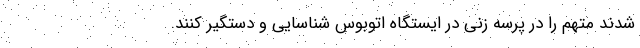
شدند متهم را در پرسه زنی در ایستگاه اتوبوس شناسایی و دستگیر کنند.